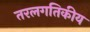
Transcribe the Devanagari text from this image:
तरलगतिकीय